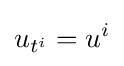
u_{t^{i}}=u^{i}